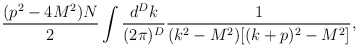
\begin{align*}\frac{(p^2-4M^2)N}2\int\frac{d^Dk}{(2\pi)^D} \frac{1}{(k^2-M^2)[(k+p)^2-M^2]},\end{align*}